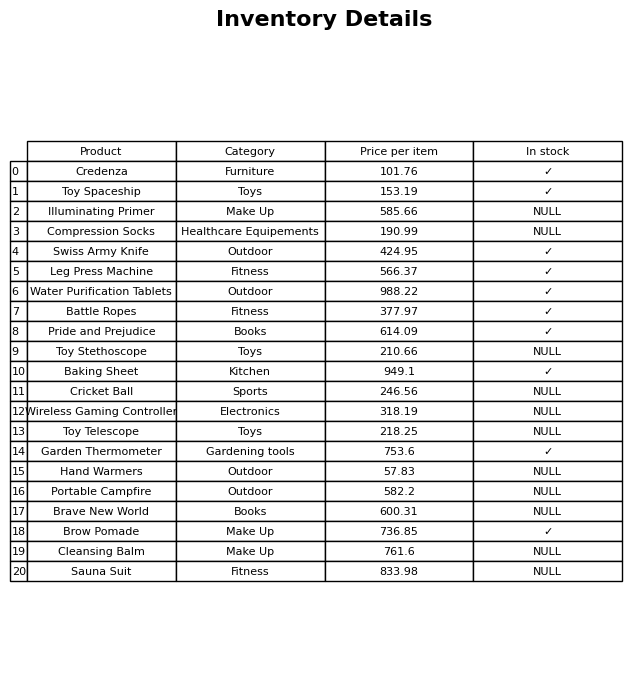
question: What is the price for Toy Spaceship?
answer: The price of Toy Spaceship is 153.19.